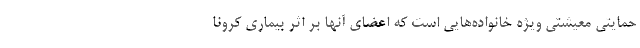
حمایتی معیشتی ویژه خانواده‌هایی است که اعضای آنها بر اثر بیماری کرونا